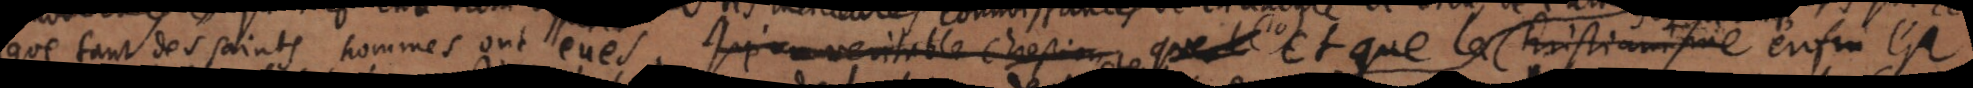
que tant des saints hommes ont eues. Qu’un veritable chrestien que (10) Et que la christianisme enfin est